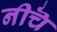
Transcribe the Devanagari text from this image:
नीचॆ